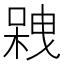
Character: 𠻇